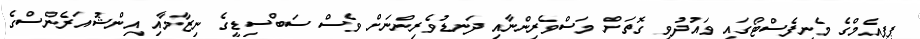
ޕީޕީއެމްގެ މެނިފެސްޓޯގައި ވައުދުވި ގޮތަށް މަސްވެރިންނާއި ދަނޑުވެރިންނަށް ވެސް ސަބްސިޑީގެ ނިޒާމާއި އިންޝުއަރެންސްގެ